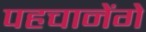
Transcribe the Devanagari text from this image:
पहचानेंगे